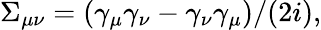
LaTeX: \Sigma_{\mu\nu}=(\gamma_{\mu}\gamma_{\nu}-\gamma_{\nu}\gamma_{\mu})/(2i),